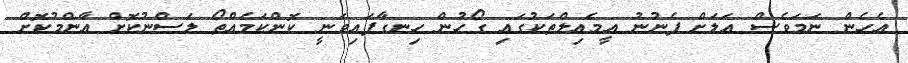
އެހެން ނަމަވެސް އަލަށް ފެނުނު އީމެއިލްތަކުގައި ގޯހުން ހިނގާފައިވަނީ ކޮންކަމެއްތޯ ލަސްނުކޮށް އާންމުކޮށް